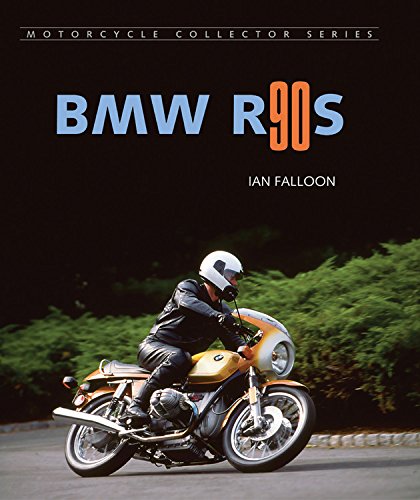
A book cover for BMW R90S (Motorcycle Collector); Ian Falloon; Arts & Photography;